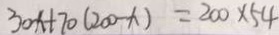
3 0 x + 7 0 ( 2 0 0 - x ) = 2 0 0 \times 5 4